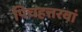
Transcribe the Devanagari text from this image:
पिचहत्तरवां